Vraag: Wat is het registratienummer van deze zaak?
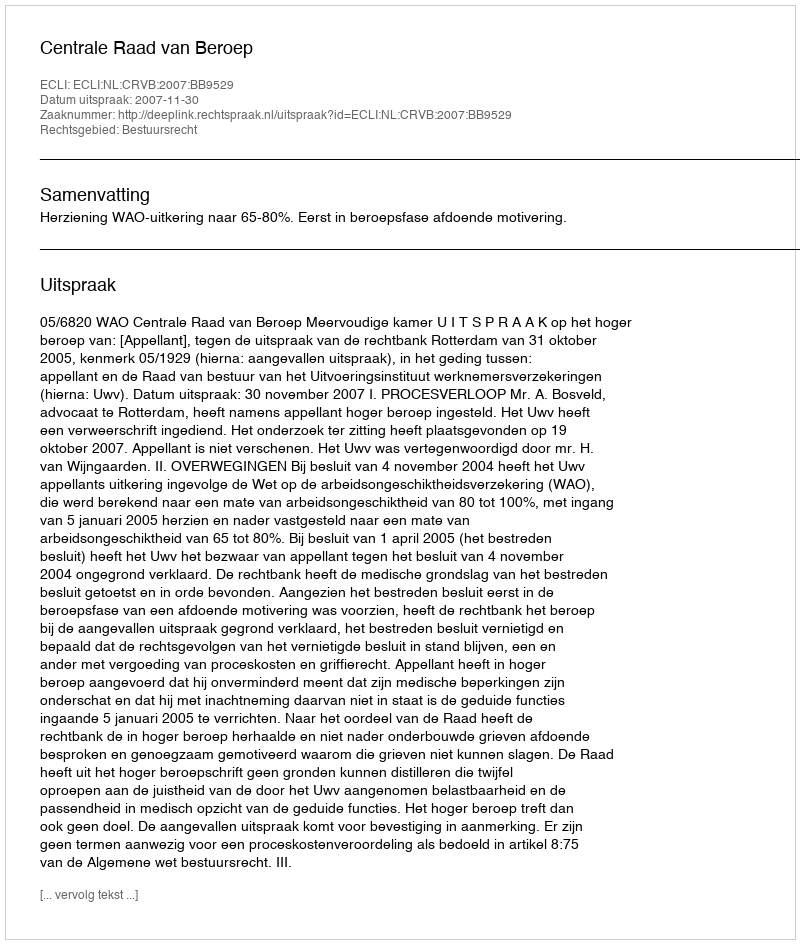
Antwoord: http://deeplink.rechtspraak.nl/uitspraak?id=ECLI:NL:CRVB:2007:BB9529